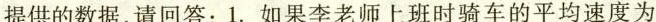
提供的数据，请回答：1. 如果李老师上班时骑车的平均速度为